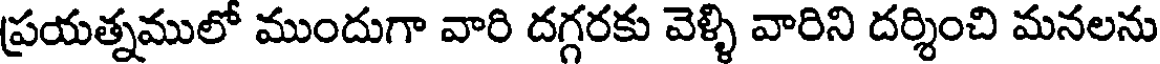
ప్రయత్నములో ముందుగా వారి దగ్గరకు వెళ్ళి వారిని దర్శించి మనలను